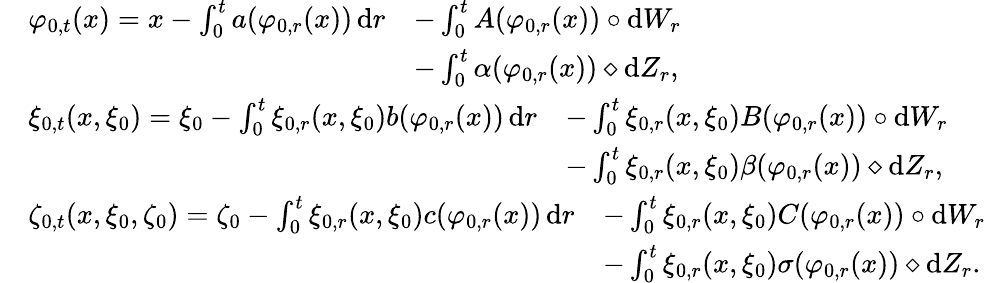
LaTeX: \begin{array}{rl}&{\begin{array}{rl}{\varphi_{0,t}(x)=x-\int_{0}^{t}a(\varphi_{0,r}(x))\, \mathrm{d}r}&{-\int_{0}^{t}A(\varphi_{0,r}(x))\circ\mathrm{d}W_{r}}\\ &{-\int_{0}^{t}\alpha(\varphi_{0,r}(x))\diamond\mathrm{d}Z_{r},}\end{array}}\\ &{\begin{array}{rl}{\xi_{0,t}(x,\xi_{0})=\xi_{0}-\int_{0}^{t}\xi_{0,r}(x,\xi_{0})b(\varphi_{0,r}(x))\, \mathrm{d}r}&{-\int_{0}^{t}\xi_{0,r}(x,\xi_{0})B(\varphi_{0,r}(x))\circ\mathrm{d}W_{r}}\\ &{-\int_{0}^{t}\xi_{0,r}(x,\xi_{0})\beta(\varphi_{0,r}(x))\diamond\mathrm{d}Z_{r},}\end{array}}\\ &{\begin{array}{rl}{\zeta_{0,t}(x,\xi_{0},\zeta_{0})=\zeta_{0}-\int_{0}^{t}\xi_{0,r}(x,\xi_{0})c(\varphi_{0,r}(x))\, \mathrm{d}r}&{-\int_{0}^{t}\xi_{0,r}(x,\xi_{0})C(\varphi_{0,r}(x))\circ\mathrm{d}W_{r}}\\ &{-\int_{0}^{t}\xi_{0,r}(x,\xi_{0})\sigma(\varphi_{0,r}(x))\diamond\mathrm{d}Z_{r}.}\end{array}}\end{array}